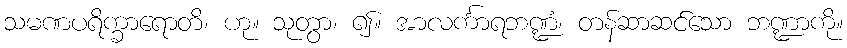
သမဏပရိက္ခာရောတိ၊ ဟု။ သုတွာ၊ ၍။ အာလင်္ကာရဘဏ္ဍံ၊ တန်ဆာဆင်သော ဘဏ္ဍာကို။